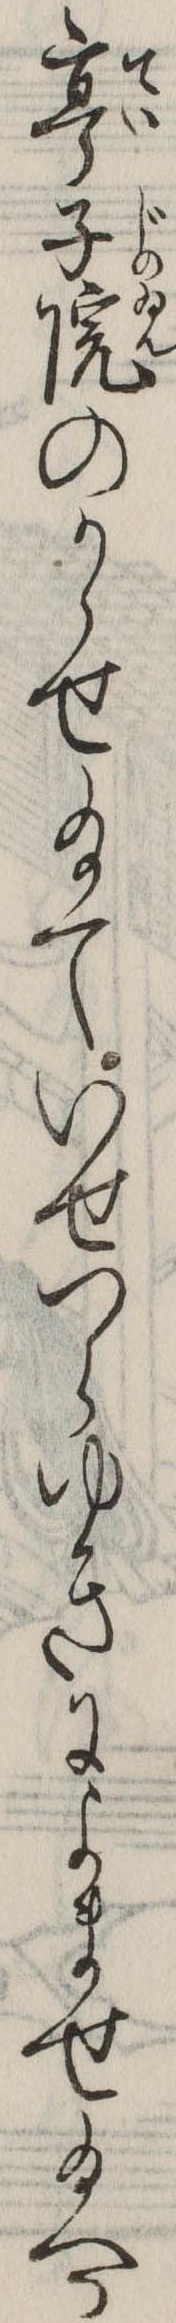
亭子院のかゝせ給ていせつらゆきによませ給へる